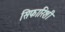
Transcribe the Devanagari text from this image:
सिफारिशी